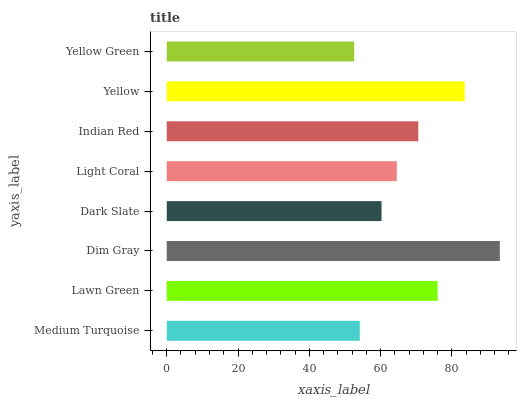
| yaxis_label | bars |
 | --- | --- |
 | Medium Turquoise | 54.2 |
 | Lawn Green | 76 |
 | Dim Gray | 93.5 |
 | Dark Slate | 60.3 |
 | Light Coral | 64.6 |
 | Indian Red | 70.6 |
 | Yellow | 83.6 |
 | Yellow Green | 52.6 |